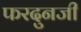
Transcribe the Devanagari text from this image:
फरदुनजी